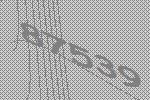
87539